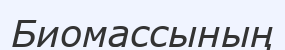
Биомассының